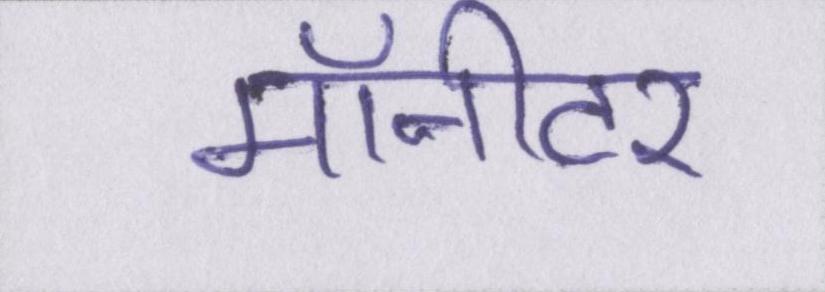
मॉनीटर